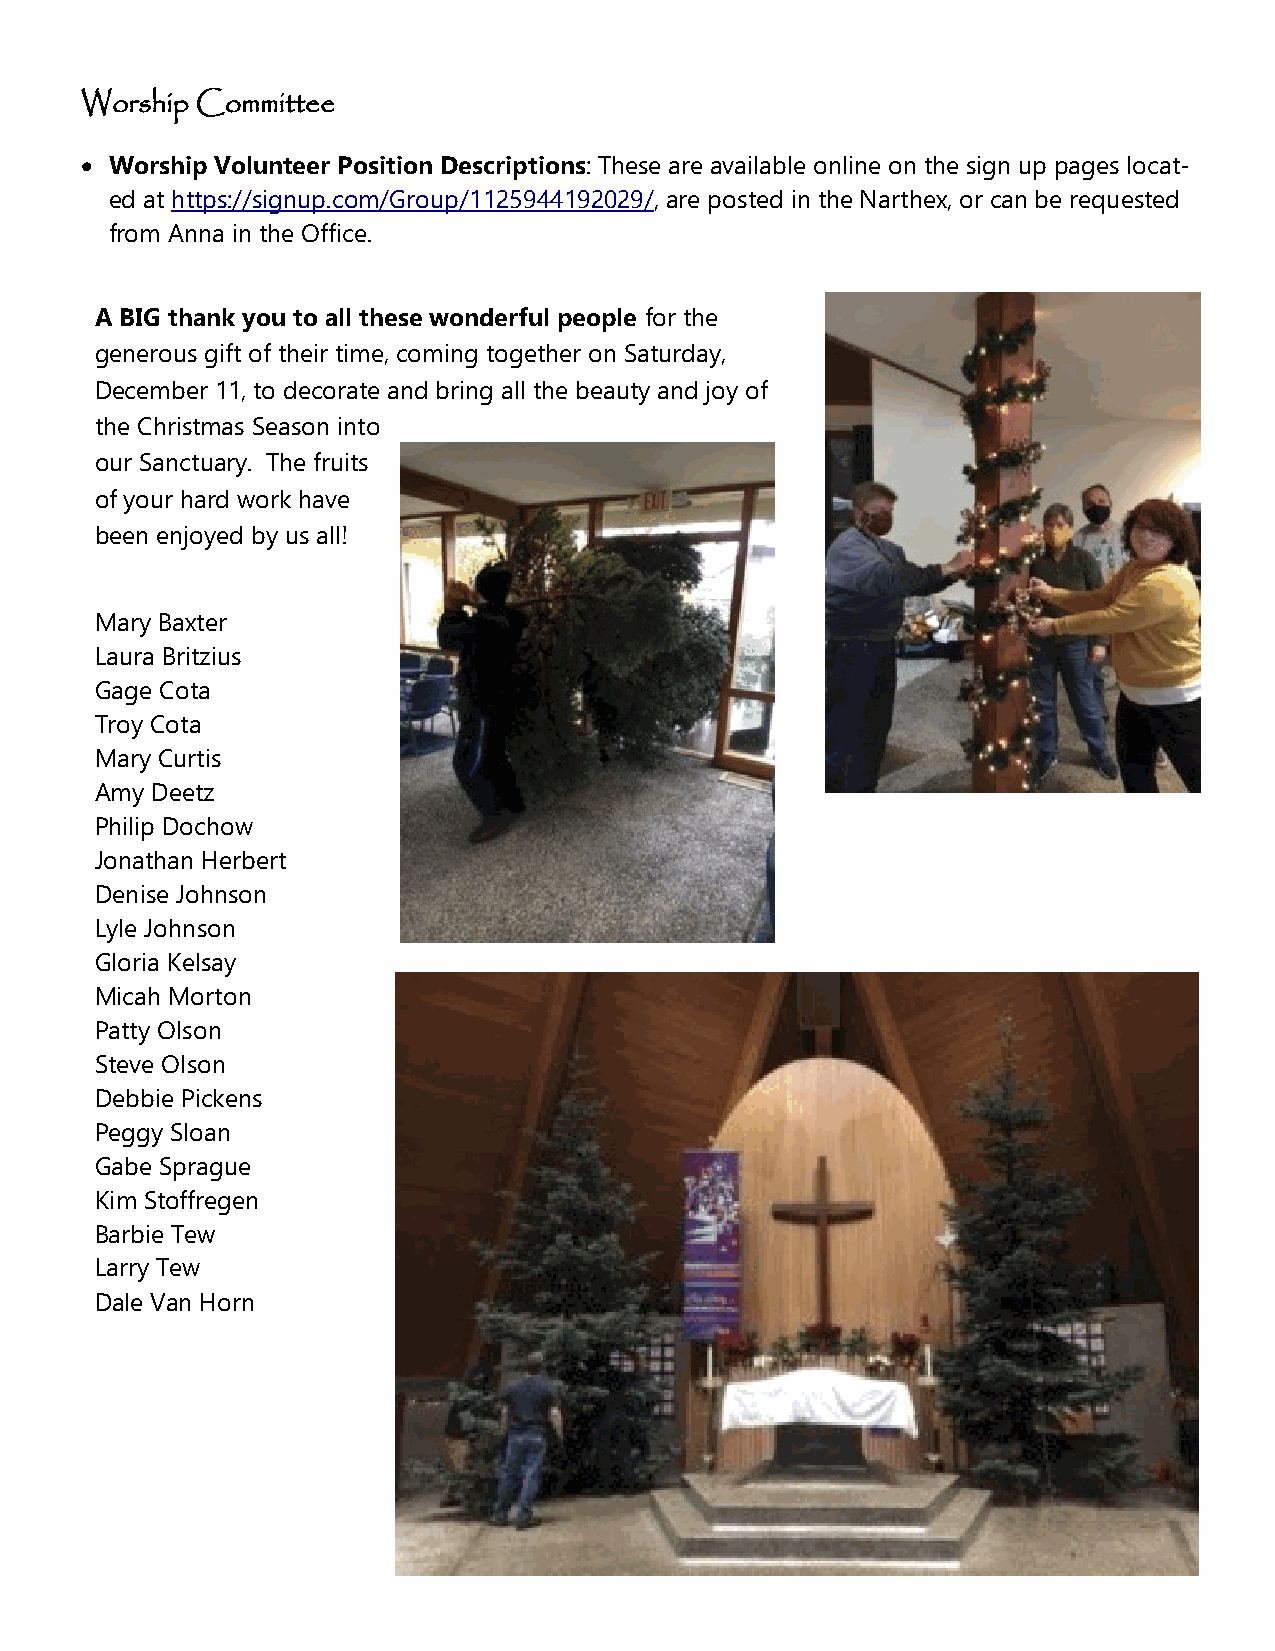
Worship Committee
 • Worship Volunteer Position Descriptions: These are available online on the sign up pages locat-
 ed at https://signup.com/Group/1125944192029/, are posted in the Narthex, or can be requested
 from Anna in the Office.
 A BIG thank you to all these wonderful people for the
 generous gift of their time, coming together on Saturday,
 December 11, to decorate and bring all the beauty and joy of
 the Christmas Season into
 our Sanctuary. The fruits
 of your hard work have
 been enjoyed by us all!
 Mary Baxter
 Laura Britzius
 Gage Cota
 Troy Cota
 Mary Curtis
 Amy Deetz
 Philip Dochow
 Jonathan Herbert
 Denise Johnson
 Lyle Johnson
 Gloria Kelsay
 Micah Morton
 Patty Olson
 Steve Olson
 Debbie Pickens
 Peggy Sloan
 Gabe Sprague
 Kim Stoffregen
 Barbie Tew
 Larry Tew
 Dale Van Horn